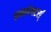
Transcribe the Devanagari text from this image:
इन्स्पेक्टर्स्